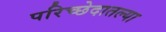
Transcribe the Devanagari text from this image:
परिच्छेदातल्या